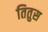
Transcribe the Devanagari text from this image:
तितुस